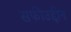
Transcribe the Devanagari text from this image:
सफीउद्दीन